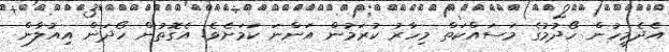
އެދެމީހުން ހޯދުމުގެ މަސައްކަތް މިހާރު ކުރަމުން އަންނަ ކަމަށެވެ. އެގޮތުން ހޯދަން އިއުލާން